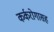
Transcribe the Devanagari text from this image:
कर्करोगासह